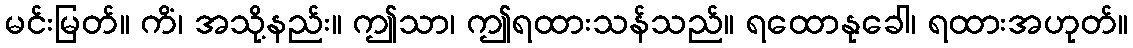
မင်းမြတ်။ ကိံ၊ အသို့နည်း။ ဤသာ၊ ဤရထားသန်သည်။ ရထောနုခေါ၊ ရထားအဟုတ်။